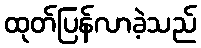
ထုတ်ပြန်လာခဲ့သည်